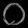
Digit: ၀